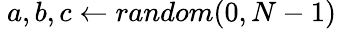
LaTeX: \ {a,b,c\gets random(0,N-1)}